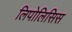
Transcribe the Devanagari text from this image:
लिपोलिसिस